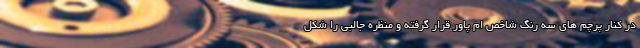
در کنار پرچم های سه رنگ شاخص ام پاور قرار گرفته و منظره جالبی را شکل